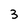
Character: 3